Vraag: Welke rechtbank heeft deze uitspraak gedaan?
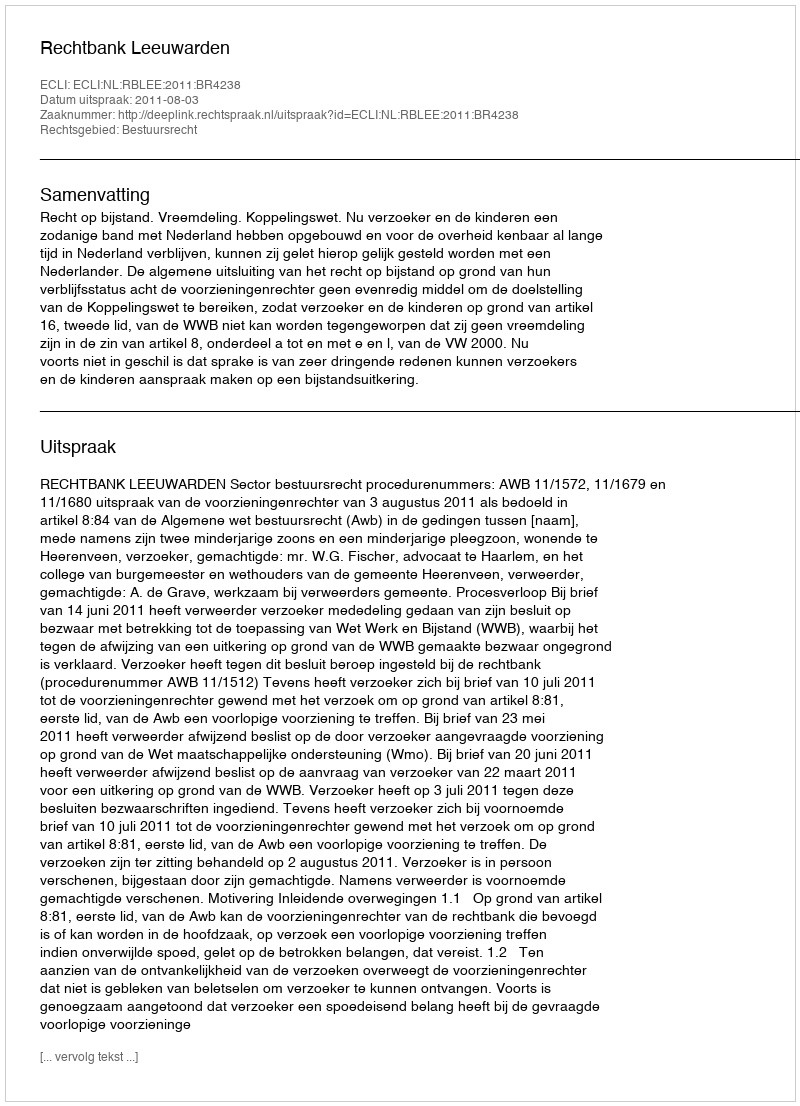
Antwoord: Rechtbank Leeuwarden